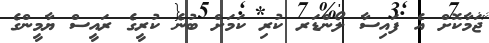
ޖަމާކޮށް އެ ފައިސާ ލޯންޑަރ ކުރި ކަމަށް ބުނެ ކުރީގެ ރައީސް ޔާމީންގެ